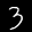
Label: 3